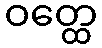
ဝတ္ထေ